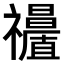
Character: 𥜩